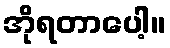
အိုရတာပေါ့။